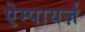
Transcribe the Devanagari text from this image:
ऐम्पायर्ज़